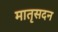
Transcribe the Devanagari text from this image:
मातृसदन